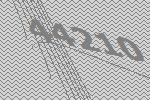
44210